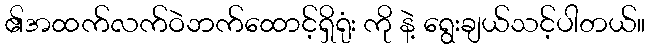
၏အထက်လက်ဝဲဘက်ထောင့်ရှိရုံး ကို နဲ့ ရွေးချယ်သင့်ပါတယ်။